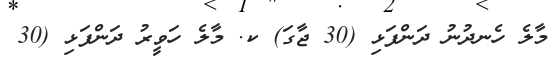
މާލެ ހެނދުނު ދަންފަޅި (30 ޖާގަ) ކ. މާލެ ހަވީރު ދަންފަޅި (30